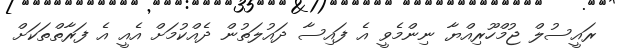
ރައީސުލް ޖުމްހޫރިއްޔާ ނިންމެވީ އެ ފައިސާ ދައުލަތުން ދެއްކުމަށް އެއީ އެ ފަރާތްތަކަށް